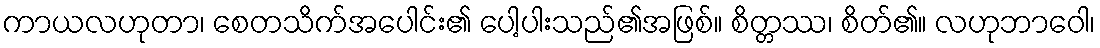
ကာယလဟုတာ၊ စေတသိက်အပေါင်း၏ ပေါ့ပါးသည်၏အဖြစ်။ စိတ္တဿ၊ စိတ်၏။ လဟုဘာဝေါ၊